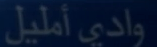
واديأمليل